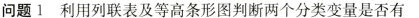
问题1利用列联表及等高条形图判断两个分类变量是否有